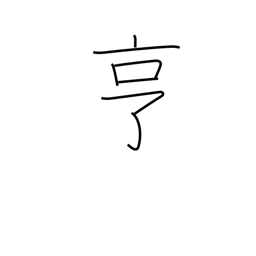
Meaning: go smoothly